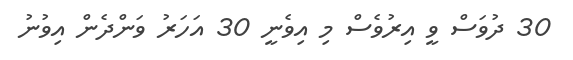
30 ދުވަސް ވީ އިރުވެސް މި އިވެނީ 30 އަހަރު ވަންދެން އިވުނު